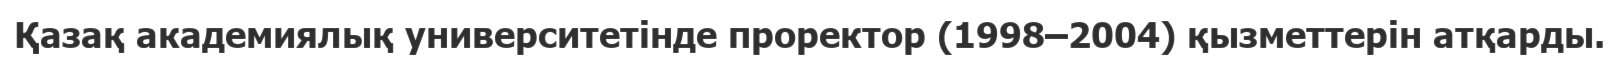
Қазақ академиялық университетінде проректор (1998–2004) қызметтерін атқарды.